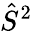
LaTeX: {\hat{S}}^{2}